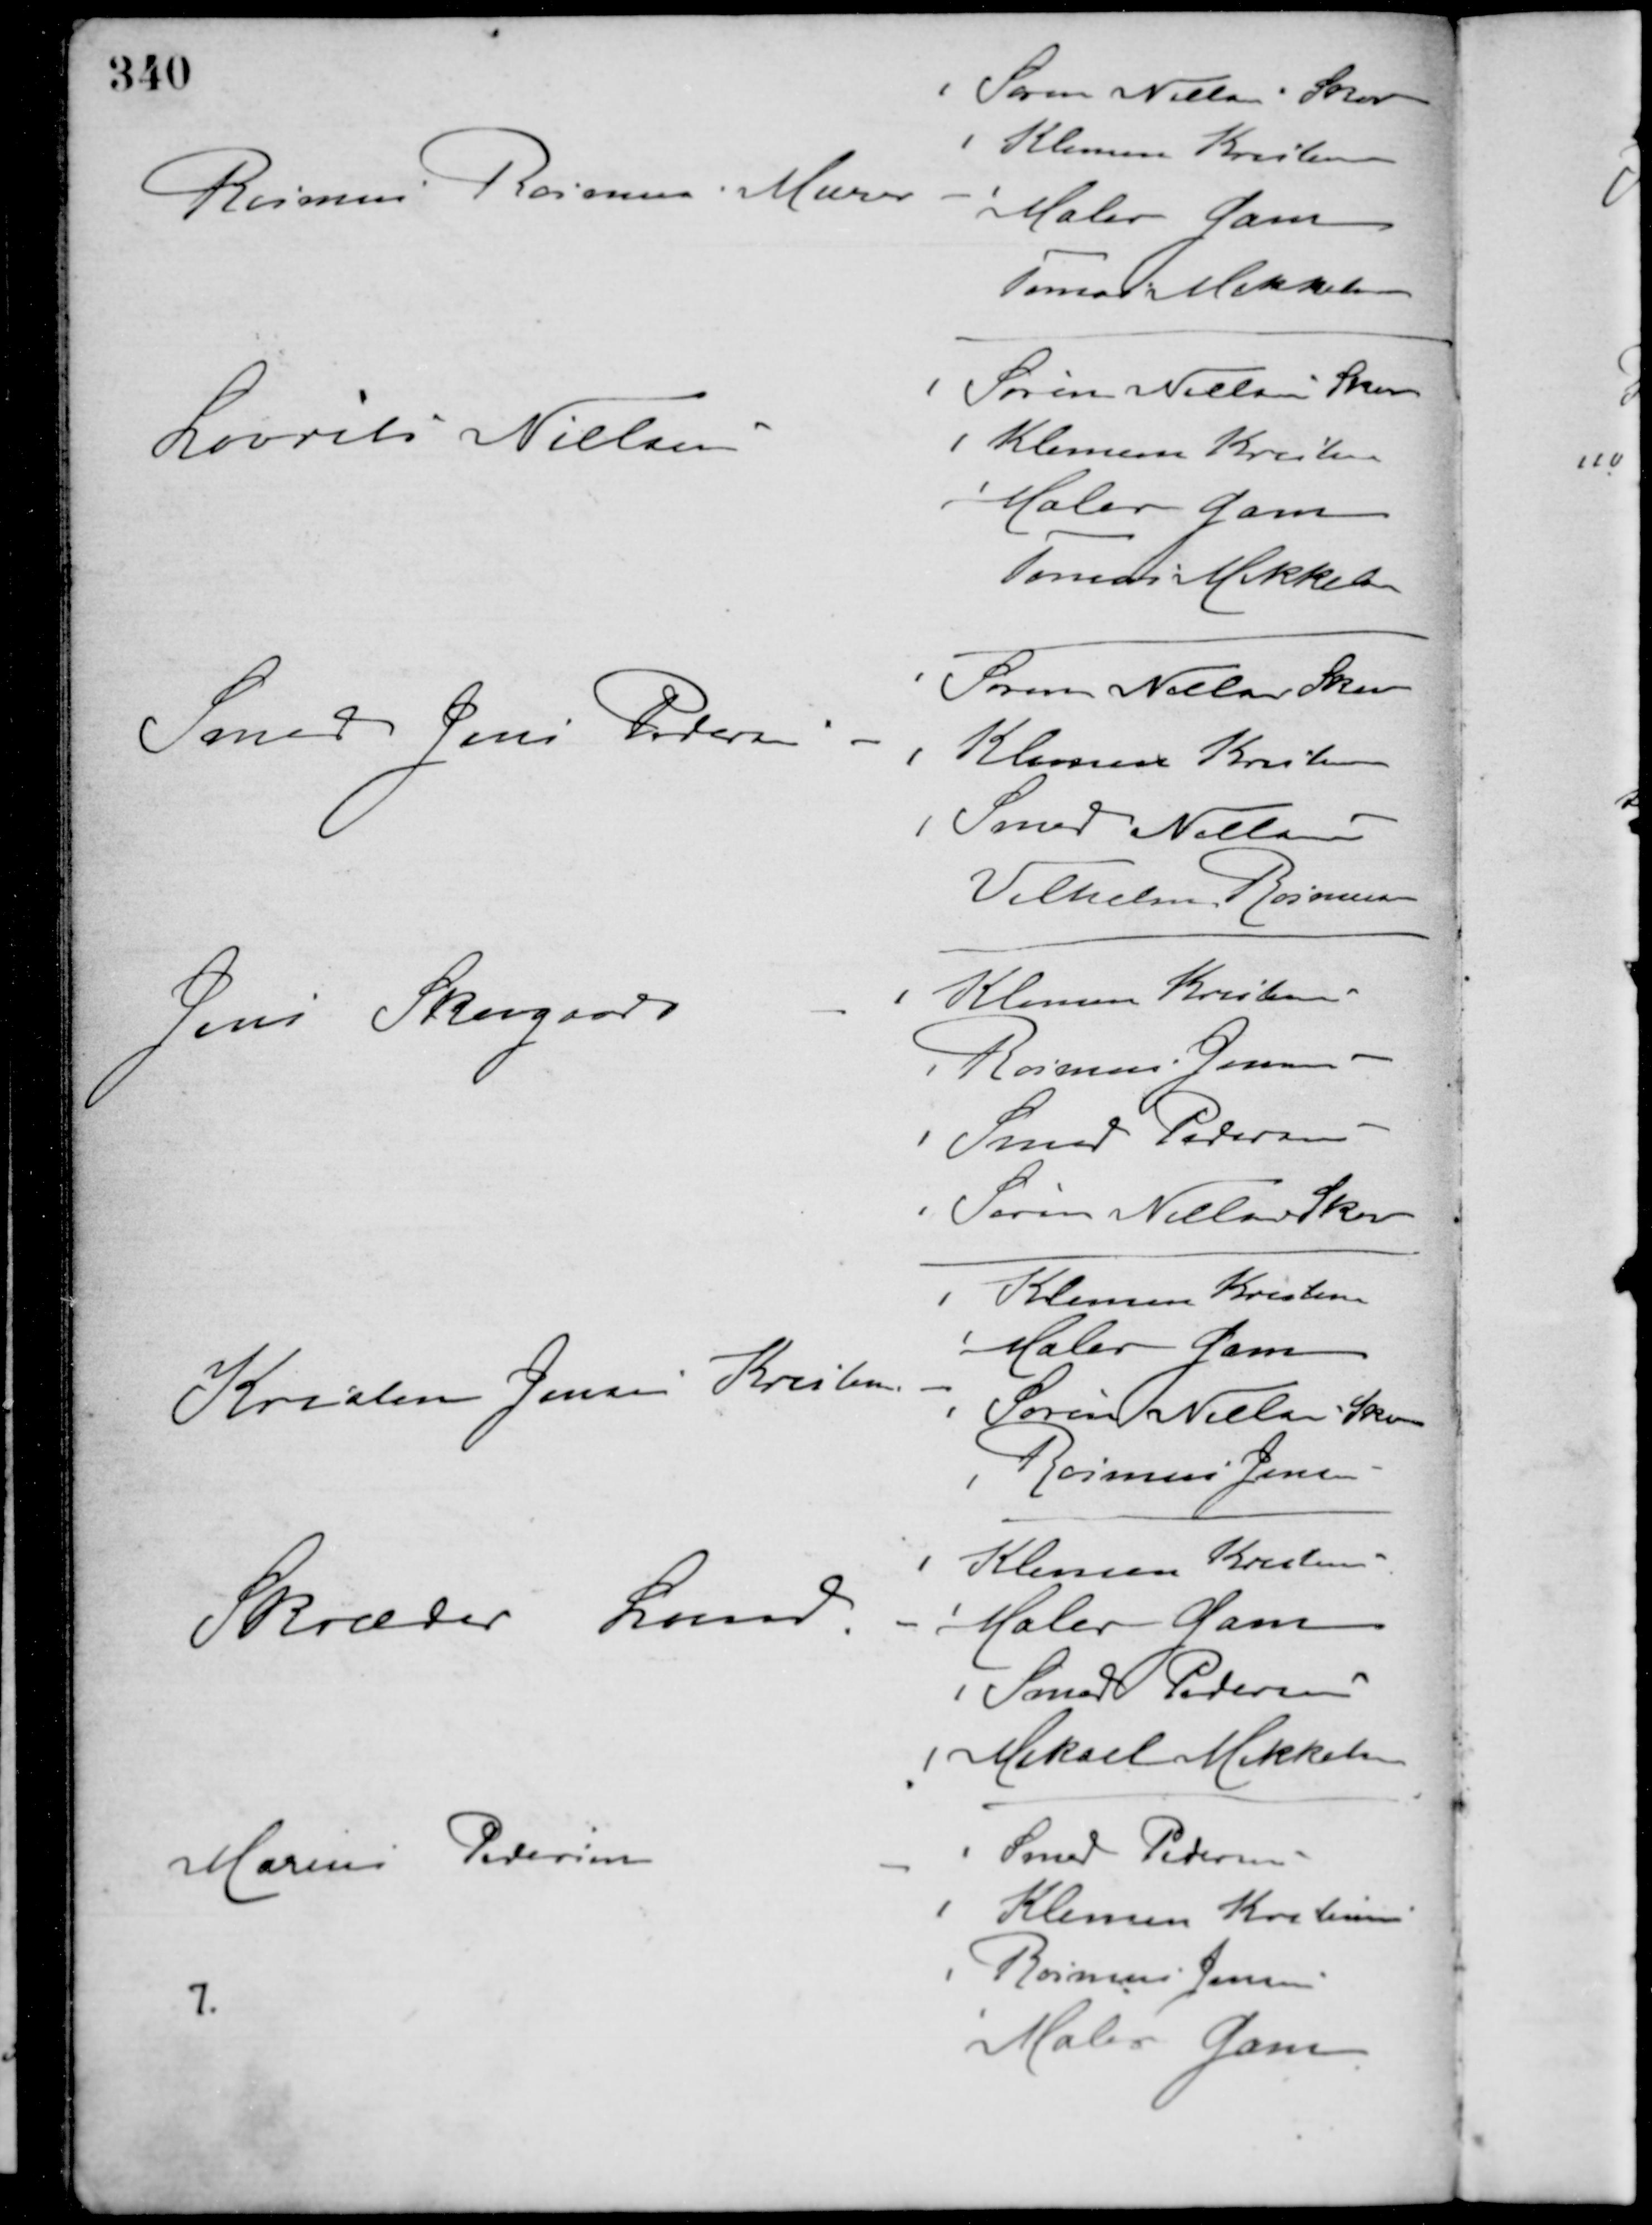
Transskription:
Rasmus Rasmussen Murer -
Søren Nielsen Skov
Klemen Kristensen
Maler Gam
Tomas Mikkelsen
Laurits Nielsen -
Søren Nielsen Skov
Klemen Kristensen
Maler Gam
Tomas Mikkelsen
Smed Jens Pedersen -
Søren Nielsen Skov
Klemen Kristensen
Smed Nielsen
Vilhelm Rasmussen
Jens Skovgaard -
Klemen Kristensen
Rasmus Jensen
Smed Pedersen
Søren Nielsen Skov
Kristen Jensen Kristensen -
Klemen Kristensen
Maler Gam
Søren Nielsen Skov
Rasmus Jensen
Skræder Lund -
Klemen Kristensen
Maler Gam
Smed Pedersen
Mikael Mikkelsen
Marius Pedersen
-
Smed Pedersen
Klemen Kistensen
Rasmus Jensen
Maler Gam
7.